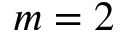
m = 2